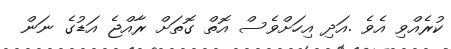
ކުރެއްވި އެވެ .އަދި އިހަށްވެސް އޮތް ގޮތަށް ރާއްޖެ އަޑުގެ ނަން